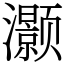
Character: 灏